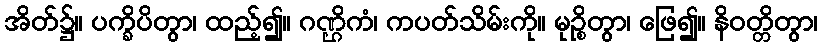
အိတ်၌။ ပက္ခိပိတွာ၊ ထည့်၍။ ဂဏ္ဌိကံ၊ ကပတ်သိမ်းကို။ မုဉ္စိတွာ၊ ဖြေ၍။ နိဝတ္တိတွာ၊